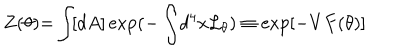
LaTeX: Z ( \theta ) { = } \int \! [ d A ] \exp ( { - } \int \! d ^ { 4 } x { \cal L } _ { \theta } ) \equiv \exp [ - V F ( \theta ) ]